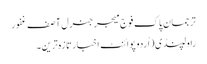
ترجمان پاک فوج میجرجنرل آصف غفور
راولپنڈی(اُردوپوائنٹ اخبارتازہ ترین۔